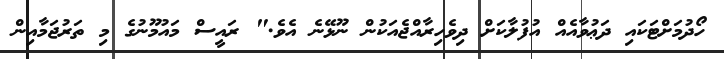
ހޯދުމަށްޓަކައި ދަޢުވާއެއް އުފުލާކަށް ދިވެހިރާއްޖެއަކުން ނޫޅޭނެ އެވެ." ރައީސް މައުމޫނުގެ މި ތަރުޖަމާއިން